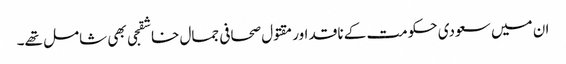
ان میں سعودی حکومت کے ناقد اور مقتول صحافی جمال خاشقجی بھی شامل تھے۔